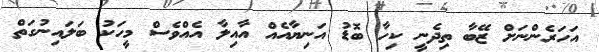
އަހަރެންނަށް ޒޭބާ ތިދެނީ ކިހާ ބޮޑު އަނިޔާއެއް އާއިލާ އެއްވެސް މީހަކު ބަލައިނުގަތް